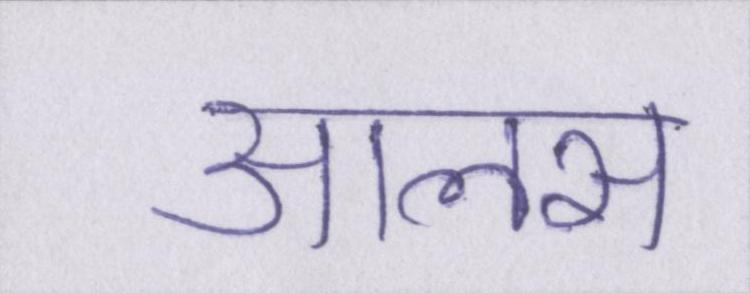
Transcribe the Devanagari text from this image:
आलस